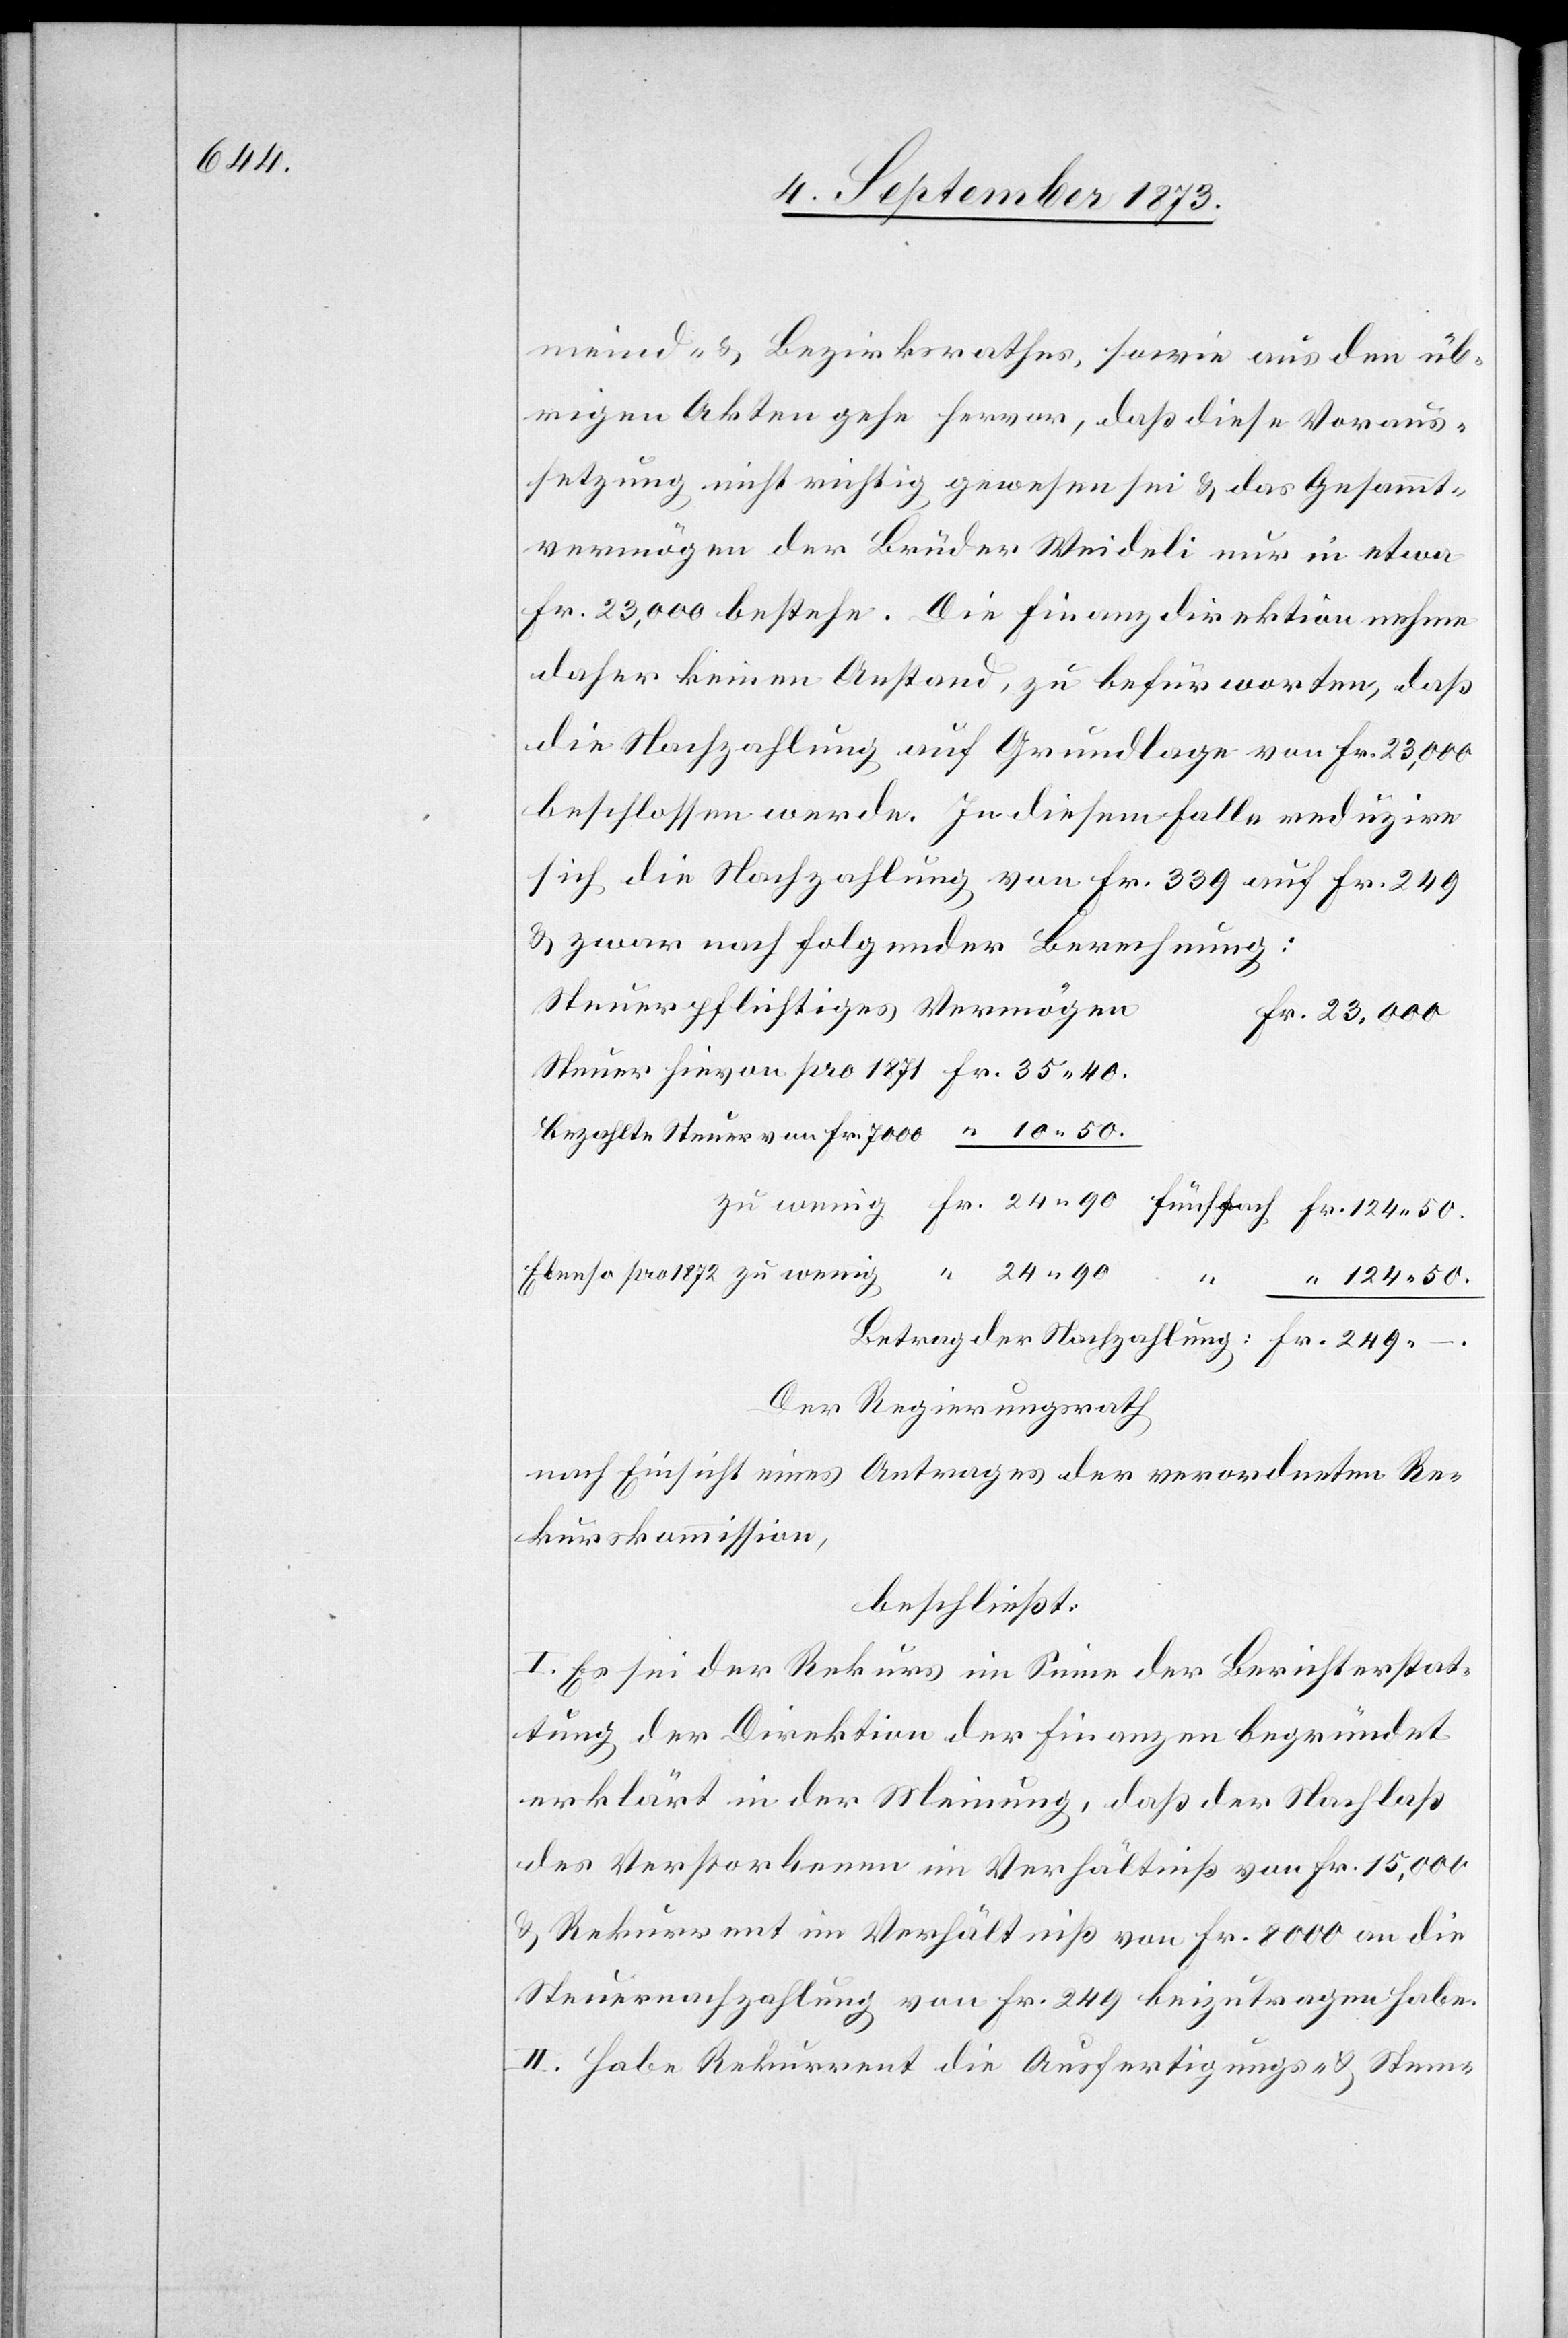
meind- & Bezirksrathes, sowie aus den üb¬
rigen Akten gehe hervor, daß diese Voraus¬
setzung nicht richtig gewesen sei & das Gesammt¬
vermögen der Brüder Weideli nur in etwa
Fr. 23,000 bestehe. Die Finanzdirektion nehme
daher keinen Anstand, zu befürworten, daß
die Nachzahlung auf Grundlage von Fr. 23,000
beschlossen werde. In diesem Falle reduzire
sich die Nachzahlung von Fr. 339 auf Fr. 249
& zwar nach folgender Berechnung:
Steuerpflichtiges Vermögen
Bezahlte Steuer von Fr. 7 000
Ebenso pro 1872 zu wenig
124 50.
Der Regierungsrath
nach Einsicht eines Antrages der verordneten Re¬
kurskommission,
beschließt:
I. Es sei der Rekurs im Sinne der Berichterstat¬
tung der Direktion der Finanzen begründet
erklärt in der Meinung, daß der Nachlaß
des Verstorbenen im Verhältniß von Fr. 15,000
& Rekurrent im Verhältniß von Fr. 8 000 an die
Steuernachzahlung von Fr. 249 beizutragen habe.
II. Habe Rekurrent die Ausfertigungs- & Stem-